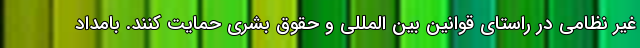
غیر نظامی در راستای قوانین بین المللی و حقوق بشری حمایت کنند. بامداد